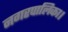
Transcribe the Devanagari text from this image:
नगरपालिका।